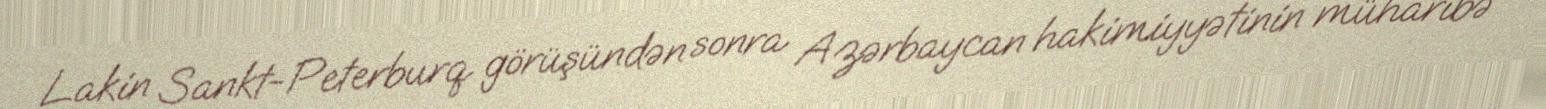
Lakin Sankt-Peterburq görüşündən sonra Azərbaycan hakimiyyətinin müharibə